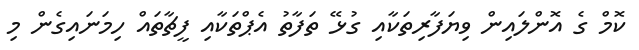
ކޮމް ގެ އޮންލައިން ވިޔަފާރިތަކާއި ގުޅޭ ތަފާތު އެޕްތަކާއި ފީޗާތައް ހިމަނައިގެން މި